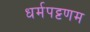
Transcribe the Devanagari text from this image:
धर्मपट्टणम